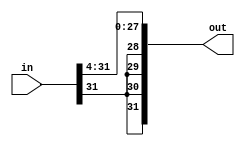
module sra4(out, in);
    input [31:0] in;
    output [31:0] out;
    
    
    assign out[31] = in[31];
    assign out[30] = in[31];
    assign out[29] = in[31];
    assign out[28] = in[31];
    assign out[27:0] = in[31:4];

endmodule